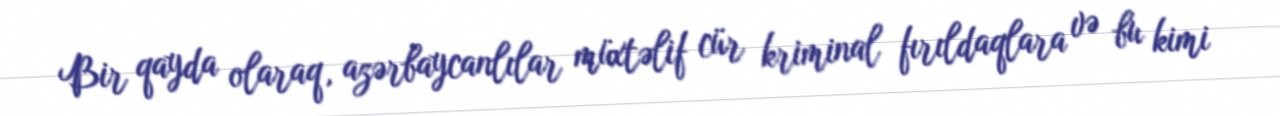
Bir qayda olaraq, azərbaycanlılar müxtəlif cür kriminal fırıldaqlara və bu kimi